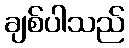
ချစ်ပါသည်